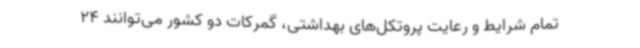
تمام شرایط و رعایت پروتکل‌های بهداشتی، گمرکات دو کشور می‌توانند 24